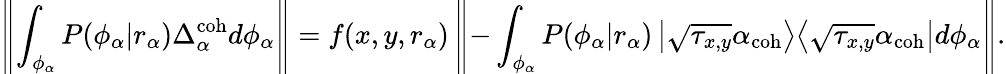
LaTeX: \left\| \int_{\phi_{\alpha}}P(\phi_{\alpha}|r_{\alpha})\Delta_{\alpha}^{\mathrm{coh}}d\phi_{\alpha}\right\| =f(x,y,r_{\alpha})\left\| -\int_{\phi_{\alpha}}P(\phi_{\alpha}|r_{\alpha})\left|\sqrt{\tau_{x,y}}\alpha_{\mathrm{coh}}\middle>\middle<\sqrt{\tau_{x,y}}\alpha_{\mathrm{coh}}\right|d\phi_{\alpha}\right\| .